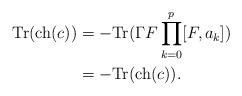
LaTeX: \begin{align*} \mathrm{Tr}(\mathrm{ch}(c)) &= -\mathrm{Tr}(\Gamma F\prod_{k=0}^p[F,a_k])\\ &= -\mathrm{Tr}(\mathrm{ch}(c)). \end{align*}